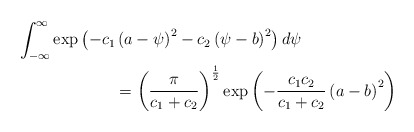
\begin{align*} &\int_{-\infty}^{\infty}\exp\left(-c_1\left(a-\psi\right)^2-c_2\left(\psi-b\right)^2\right)d\psi \\ &\quad\quad\quad\quad\quad\quad= \left(\frac{\pi}{c_1+c_2}\right)^{\frac{1}{2}}\exp\left(-\frac{c_1 c_2}{c_1 +c_2}\left(a-b\right)^2\right) \end{align*}